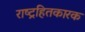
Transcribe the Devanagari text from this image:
राष्ट्रहितकारक